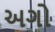
અગો